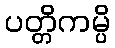
ပတ္တိကမ္ပိ